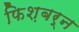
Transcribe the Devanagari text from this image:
फिश़बर्न